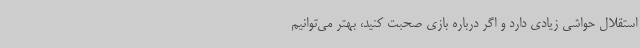
استقلال حواشی زیادی دارد و اگر درباره بازی صحبت کنید، بهتر می‌توانیم